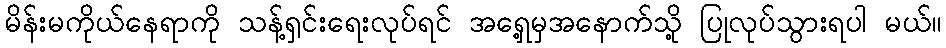
မိန်းမကိုယ်နေရာကို သန့်ရှင်းရေးလုပ်ရင် အရှေ့မှအနောက်သို့ ပြုလုပ်သွားရပါ မယ်။